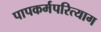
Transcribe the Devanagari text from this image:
पापकर्मपरित्याग